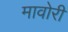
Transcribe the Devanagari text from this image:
मावोरी